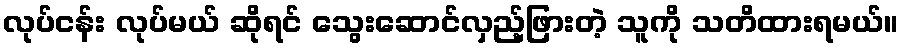
လုပ်ငန်း လုပ်မယ် ဆိုရင် သွေးဆောင်လှည့်ဖြားတဲ့ သူကို သတိထားရမယ်။